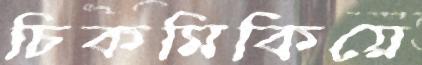
চিকমিকিয়ে